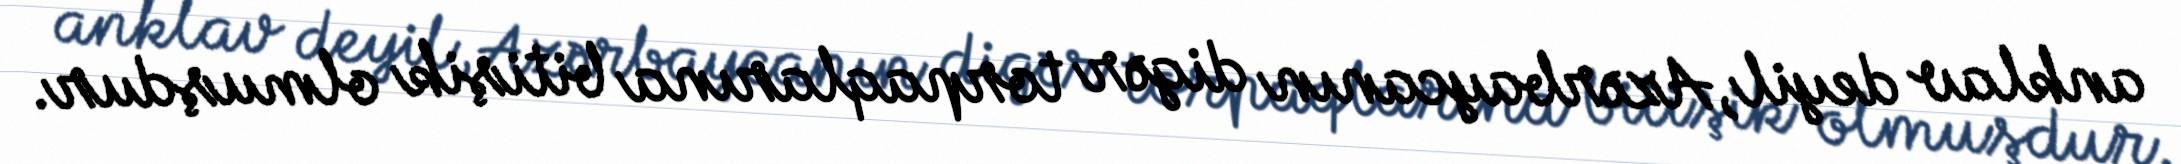
anklav deyil, Azərbaycanın digər torpaqlarına bitişik olmuşdur.